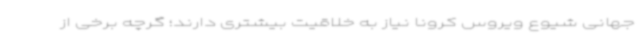
جهانی شیوع ویروس کرونا نیاز به خلاقیت بیشتری دارند؛ گرچه برخی از